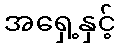
အရှေ့နှင့်